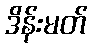
ဒိန်းမတ်